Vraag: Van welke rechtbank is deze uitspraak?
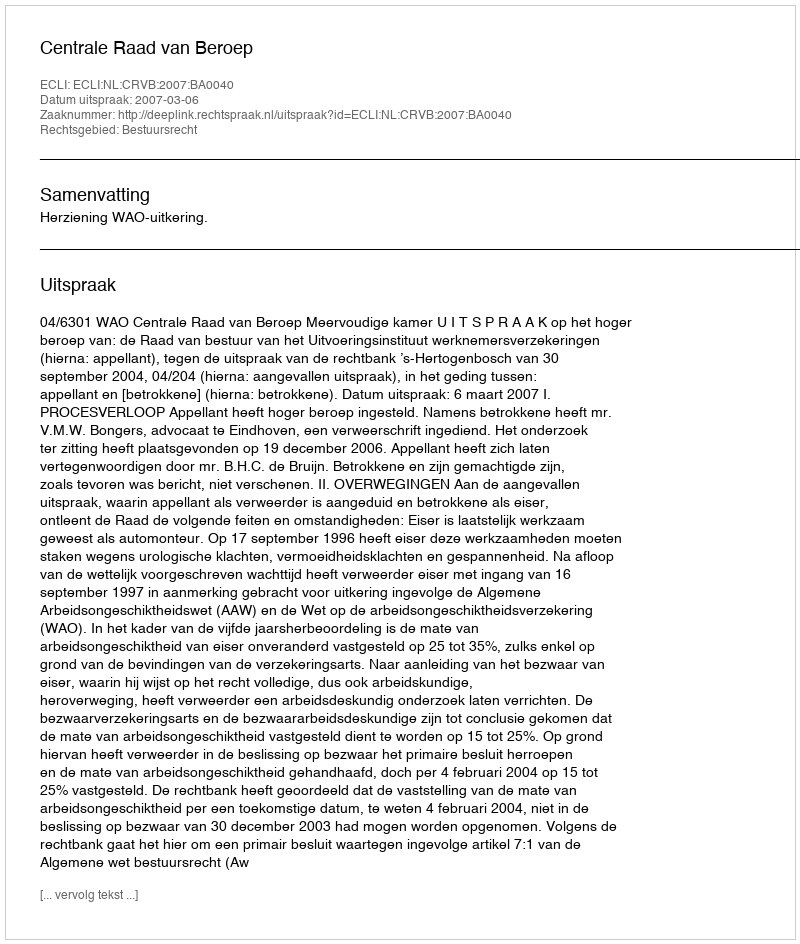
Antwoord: Centrale Raad van Beroep